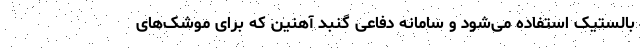
بالستیک استفاده می‌شود و سامانه دفاعی گنبد آهنین که برای موشک‌های